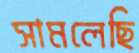
সামলেছি